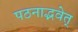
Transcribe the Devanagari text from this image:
पठनाद्भवेत्